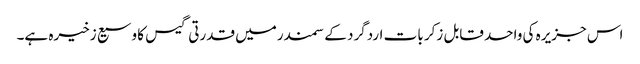
اس جزیرہ کی واحد قابل زکر بات اردگرد کے سمندرمیں قدرتی گیس کا وسیع زخیرہ ہے۔